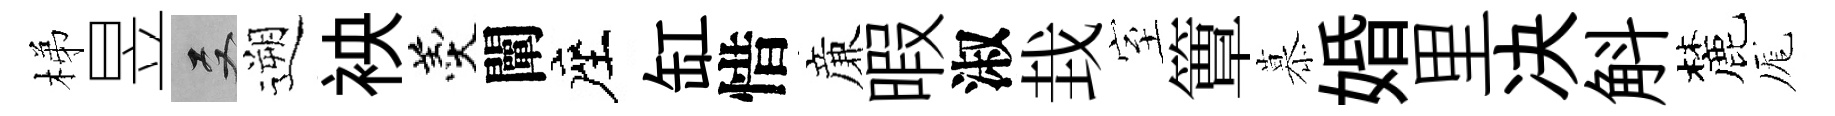
梯昱双遡䘧羹闡座缸惜亷暇淑㘽室簟慕婚里决斛麓厖